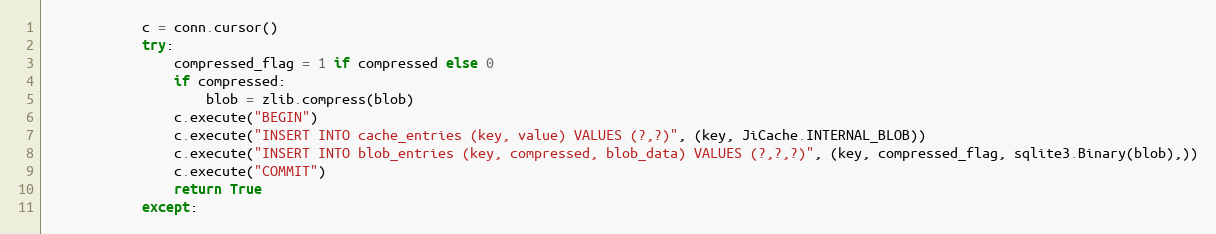
Language: Python
            c = conn.cursor()
            try:
                compressed_flag = 1 if compressed else 0
                if compressed:
                    blob = zlib.compress(blob)
                c.execute("BEGIN")
                c.execute("INSERT INTO cache_entries (key, value) VALUES (?,?)", (key, JiCache.INTERNAL_BLOB))
                c.execute("INSERT INTO blob_entries (key, compressed, blob_data) VALUES (?,?,?)", (key, compressed_flag, sqlite3.Binary(blob),))
                c.execute("COMMIT")
                return True
            except: